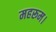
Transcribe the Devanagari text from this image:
महरूम।